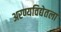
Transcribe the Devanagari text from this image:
अरण्यविद्येतला